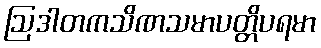
ဩဒါတကသိဏသမာပတ္တိပရမာ